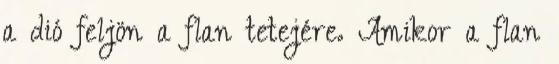
a dió feljön a flan tetejére. Amikor a flan